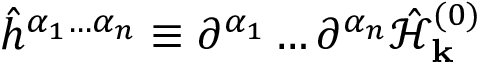
\hat { h } ^ { \alpha _ { 1 } \hdots \alpha _ { n } } \equiv \partial ^ { \alpha _ { 1 } } \hdots \partial ^ { \alpha _ { n } } \hat { \mathcal { H } } _ { \mathbf { k } } ^ { ( 0 ) }